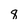
Character: 8